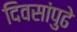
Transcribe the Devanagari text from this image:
दिवसांपुढे